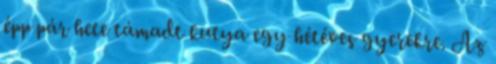
épp pár hete támadt kutya egy hétéves gyerekre. Az